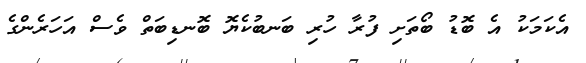
އެކަމަކު އެ ބޮޑު ބޯތަށި ފުރާ ހުރި ބަނބުކެޔޮ ބޮނޑިބަތް ވެސް އަހަރެންގެ